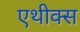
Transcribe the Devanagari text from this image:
एथीक्स